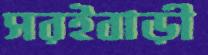
সরইবাড়ী